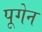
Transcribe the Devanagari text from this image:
पूगेन